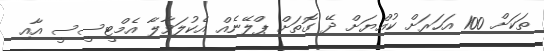
ތަކަށް 100 އަހަރަށް ކުއްޔަށް ދޭ ގޮތަށް ޕްލޭނެއް އެކުލަވާލާ އެމްޓީސީސީ އާއި